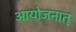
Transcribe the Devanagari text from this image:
आयोजनात्